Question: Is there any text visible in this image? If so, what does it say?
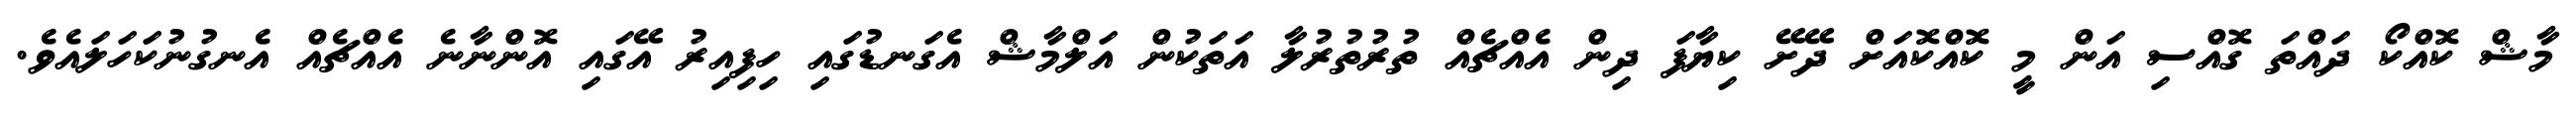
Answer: މާޝް ކޮއްކޯ ދައްތަ ގޮއްސި އަން މީ ކޮއްކޮއަށް ދޭށޭ ކިޔާފަ ދިން އެއްޗެއް ތުރުތުރުލާ އަތަކުން އަލްމާޝް އެގަނޑުގައި ހިފިއިރު އޭގައި އޮންނާނެ އެއްޗެއް އެނގުނުކަހަލައެވެ.